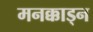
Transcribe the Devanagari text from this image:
मनक्काड्न